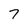
Character: 7